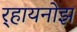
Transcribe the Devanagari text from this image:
र्‍हायनोझ